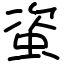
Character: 𧊒